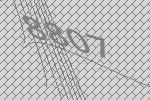
8807